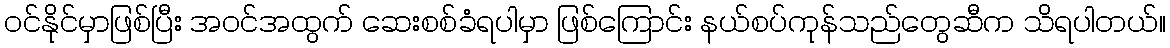
ဝင်နိုင်မှာဖြစ်ပြီး အဝင်အထွက် ဆေးစစ်ခံရပါမှာ ဖြစ်ကြောင်း နယ်စပ်ကုန်သည်တွေဆီက သိရပါတယ်။